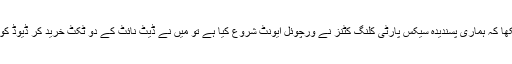
جب ہم نے دیکھا کہ ہماری پسندیدہ سیکس پارٹی کلنگ کٹنز نے ورچوئل ایونٹ شروع کیا ہے تو میں نے ڈیٹ نائٹ کے دو ٹکٹ خرید کر ڈیوڈ کو حیران کر دیا۔